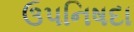
ઉપનિષદા